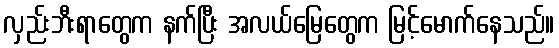
လှည်းဘီးရာတွေက နက်ပြီး အလယ်မြေတွေက မြင့်မောက်နေသည်။